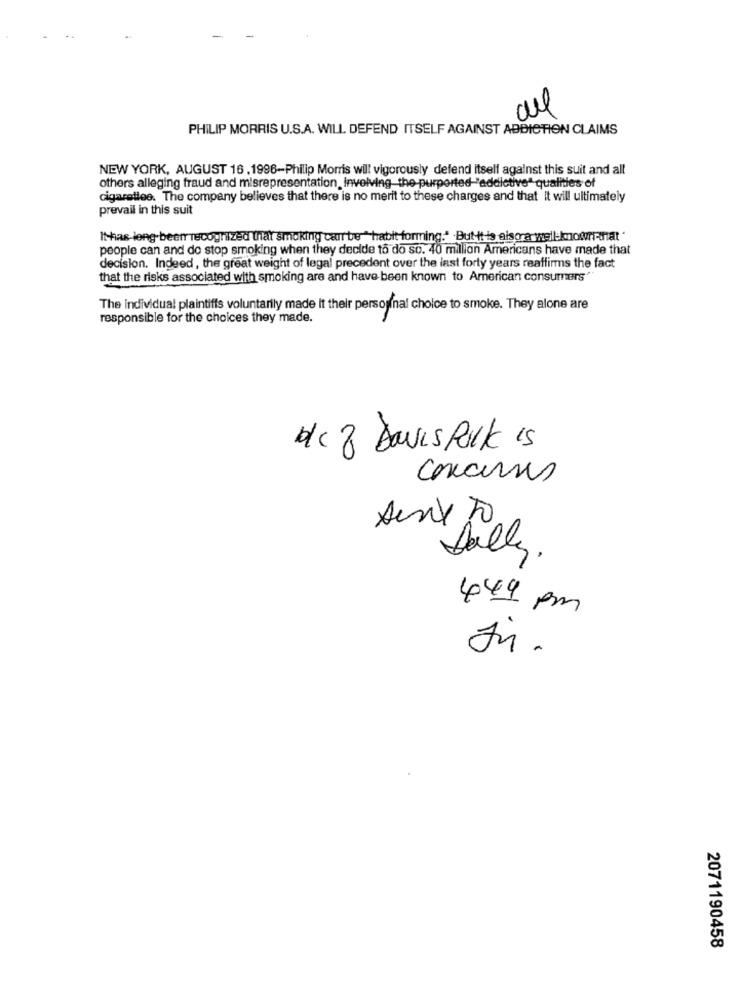
PHILIP MORRIS U.S.A. WILL DEFEND ITSELF AGAINST ADDICTION CLAIMS
NEW YORK, AUGUST 16 . 1996-Philip Morris will vigorously defend itself against this suit and all
others alleging fraud and misrepresentation, Involving the purported-"addictive" qualities of
cigarettee. The company believes that there is no merit to these charges and that it will ultimately
prevail in this suit
Ithas-long been recognized that smoking car bre"habit forming:" But-it is also a well-knownanat
people can and do stop smoking when they decide to do so. 40 million Americans have made that
decision. Indeed , the great weight of legal precedent over the last forty years reaffirms the fact
that the risks associated with smoking are and have been known to American consumers"
The individual plaintiffs voluntarily made it their personal choice to smoke. They alone are
responsible for the choices they made.
Hc 8 Davis Polk is
concerns
Valley.
449 pm
J.
2071190458